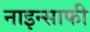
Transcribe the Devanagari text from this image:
नाइन्साफी